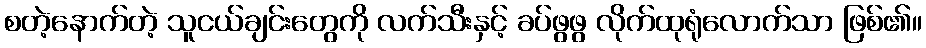
စတဲ့နောက်တဲ့ သူငယ်ချင်းတွေကို လက်သီးနှင့် ခပ်ဖွဖွ လိုက်ထုရုံလောက်သာ ဖြစ်၏။